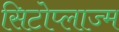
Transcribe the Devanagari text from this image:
सिटोप्लाज्म